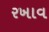
રખાવ